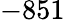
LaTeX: -851